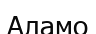
Аламо